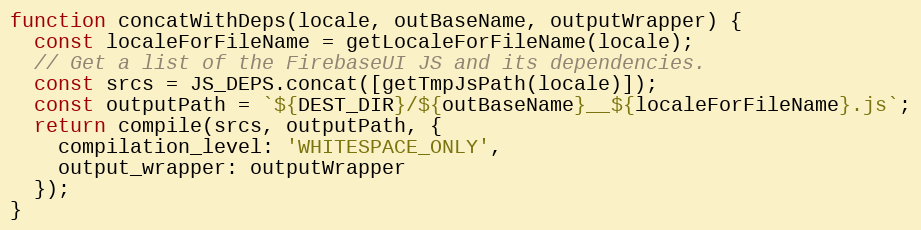
Language: JavaScript
function concatWithDeps(locale, outBaseName, outputWrapper) {
  const localeForFileName = getLocaleForFileName(locale);
  // Get a list of the FirebaseUI JS and its dependencies.
  const srcs = JS_DEPS.concat([getTmpJsPath(locale)]);
  const outputPath = `${DEST_DIR}/${outBaseName}__${localeForFileName}.js`;
  return compile(srcs, outputPath, {
    compilation_level: 'WHITESPACE_ONLY',
    output_wrapper: outputWrapper
  });
}